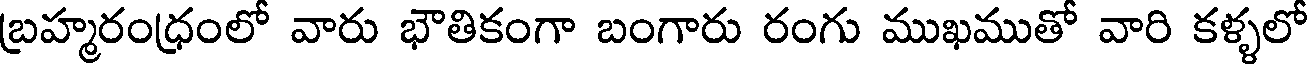
బ్రహ్మరంధ్రంలో వారు భౌతికంగా బంగారు రంగు ముఖముతో వారి కళ్ళలో